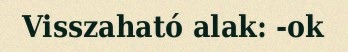
Visszaható alak: -ok